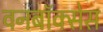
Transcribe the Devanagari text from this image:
वनबॉक्सेस